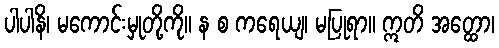
ပါပါနိ၊ မကောင်းမှုတို့ကို။ န စ ကရေယျ၊ မပြုရာ။ ဣတိ အတ္ထော၊